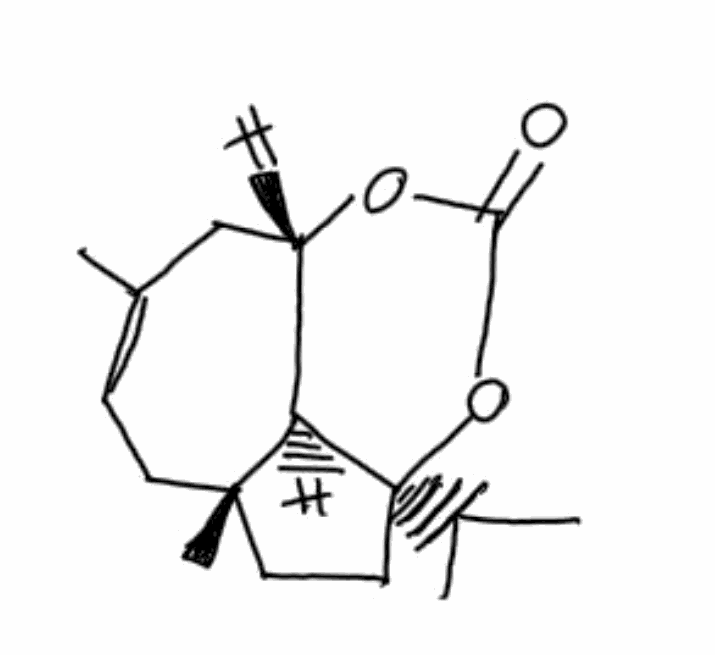
Simplified molecular-input line-entry system (SMILES) notation of the given molecule:
CC1=CC[C@]2(CC[C@]3([C@@H]2[C@H](C1)OC(=O)O3)C(C)C)C